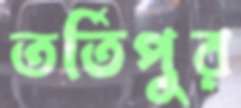
তর্তিপুর